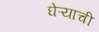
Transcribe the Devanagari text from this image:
घेऱ्याची